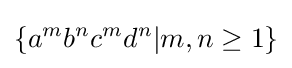
\{a^{m}b^{n}c^{m}d^{n}|m,n\geq 1\}